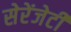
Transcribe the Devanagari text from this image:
सेरेंजेटी